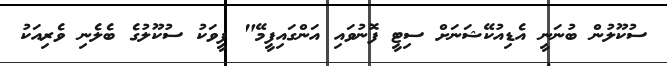
ސުކޫލުން ބުނަނީ އެޑިއުކޭޝަނަށް ސިޓީ ފޮނުވައި އަންގައިފީމޭ" ފީވަކު ސުކޫލުގެ ބެލެނި ވެރިއަކު